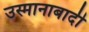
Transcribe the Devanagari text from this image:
उस्मानाबादी